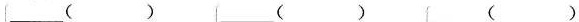
___（） ___（） ___（）